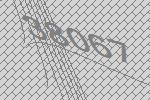
38067